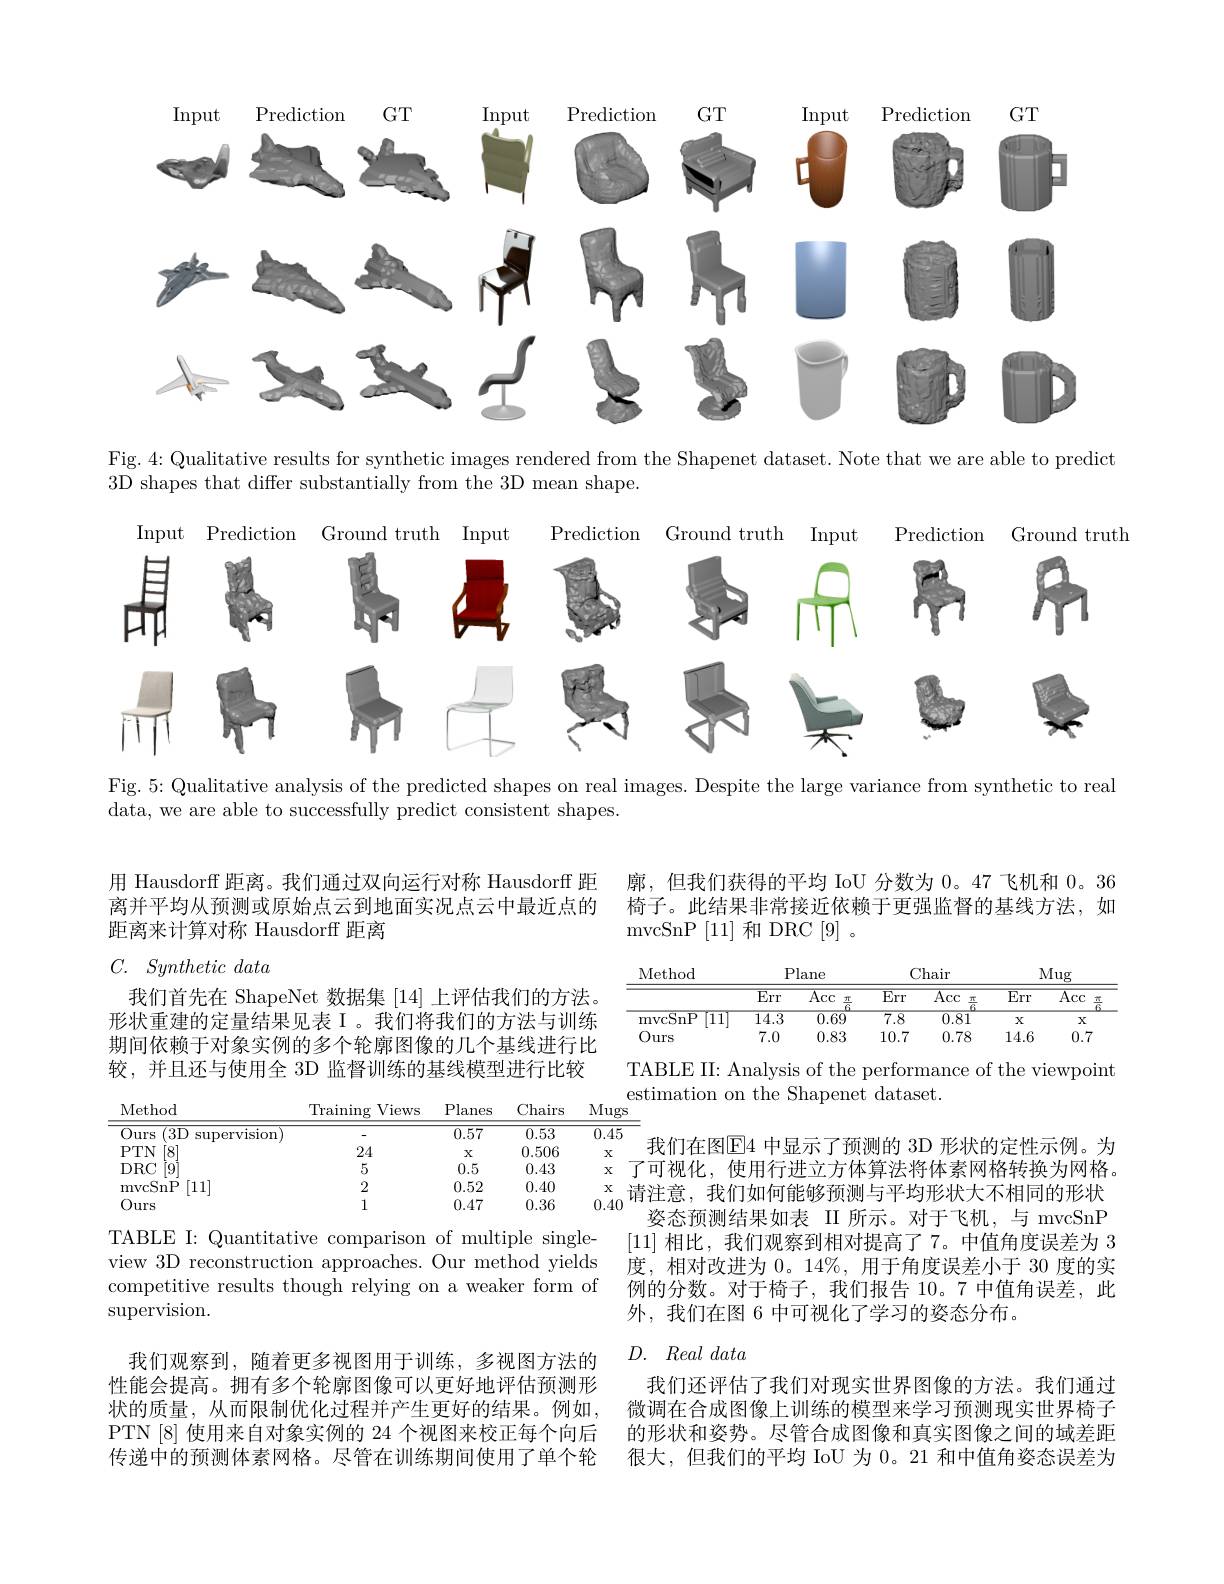
<FigureHere>

Fig. 4: Qualitative results for synthetic images rendered from the Shapenet dataset. Note that we are able to predict
3D shapes that differ substantially from the 3D mean shape.

<FigureHere>

Fig. 5: Qualitative analysis of the predicted shapes on real images. Despite the large variance from synthetic to real
data, we are able to successfully predict consistent shapes.

用 Hausdorff 距离。我们通过双向运行对称 Hausdorff 距离并平均从预测或原始点云到地面实况点云中最近点的距离来计算对称 Hausdorff 距离

## $C.$ Synthetic data

我们首先在 ShapeNet 数据集[14]上评估我们的方法。形状重建的定量结果见表 I 。我们将我们的方法与训练期间依赖于对象实例的多个轮廓图像的几个基线进行比较，并且还与使用全 3D 监督训练的基线模型进行比较

<table>
	<tbody>
		<tr>
			<th>Method</th>
			<th>$\operatorname{Training}$ $V$iews</th>
			<th>Planes</th>
			<th>Chairs</th>
			<th>Mug</th>
		</tr>
		<tr>
			<td>Ours (3D supervision</td>
			<td> </td>
			<td>0.57</td>
			<td>0.53</td>
			<td>0.45</td>
		</tr>
		<tr>
			<td>$\left[8\right]$ $PTN$</td>
			<td>24</td>
			<td>X</td>
			<td>0.506</td>
			<td>X</td>
		</tr>
		<tr>
			<td>$DRC$</td>
			<td>5</td>
			<td>0.5</td>
			<td>0.43</td>
			<td>X</td>
		</tr>
		<tr>
			<td>[11] mvcSnP</td>
			<td>2</td>
			<td>0.52</td>
			<td>0.40</td>
			<td>X</td>
		</tr>
		<tr>
			<td>Ours</td>
			<td>1</td>
			<td>0.47</td>
			<td>0.36</td>
			<td>0.4(</td>
		</tr>
	</tbody>
</table>

TABLE I: Quantitative comparison of multiple singleview 3D reconstruction approaches. Our method yields competitive results though relying on a weaker form of supervision.

我们观察到，随着更多视图用于训练，多视图方法的性能会提高。拥有多个轮廓图像可以更好地评估预测形状的质量，从而限制优化过程并产生更好的结果。例如， PTN [8] 使用来自对象实例的 24 个视图来校正每个向后传递中的预测体素网格。尽管在训练期间使用了单个轮

廓，但我们获得的平均 IoU 分数为0。47飞机和0。36椅子。此结果非常接近依赖于更强监督的基线方法，如mvcSnP [ 11] 和 DRC$[9]~$。

<table>
	<tbody>
		<tr>
			<th rowspan="2">Method</th>
			<th colspan="2">Plane</th>
			<th colspan="2">Chair</th>
			<th colspan="3">Mug</th>
		</tr>
		<tr>
			<th>$\overline{{\mathrm{Err}}}$</th>
			<th>$\overline{\mathrm{Acc}}$ T</th>
			<th>$\overline{{\mathrm{Err}}}$</th>
			<th>$\overline{\mathrm{Acc}}$ TT</th>
			<th>$\overline{{\mathrm{Err}}}$</th>
			<th>$\overline{\mathrm{Acc}}$</th>
			<th>下</th>
		</tr>
		<tr>
			<td>11 mvcSnP</td>
			<td>$\overline{14.3}$</td>
			<td>0.69</td>
			<td>$\overline{7.8}$</td>
			<td>0.81</td>
			<td>X</td>
			<td colspan="2">X</td>
		</tr>
		<tr>
			<td>0 $)urs$</td>
			<td>7.0</td>
			<td>0.83</td>
			<td>10.7</td>
			<td>0.78</td>
			<td>14.6</td>
			<td>0.7</td>
			<td>7</td>
		</tr>
	</tbody>
</table>

TABLE II: Analysis of the performance of the viewpoint
estimation on the Shapenet dataset.

我们在图E4 中显示了预测的 3D 形状的定性示例。为了可视化，使用行进立方体算法将体素网格转换为网格。
$_{A0}^\mathrm{x}$请注意，我们如何能够预测与平均形状大不相同的形状
姿态预测结果如表 II 所示。对于飞机，与 mvcSnP [11]相比，我们观察到相对提高了 7。中值角度误差为 3度，相对改进为0。14%,用于角度误差小于 30 度的实例的分数。对于椅子，我们报告 10。7 中值角误差，此外，我们在图 6 中可视化了学习的姿态分布。

# $D.$ Real data

我们还评估了我们对现实世界图像的方法。我们通过微调在合成图像上训练的模型来学习预测现实世界椅子的形状和姿势。尽管合成图像和真实图像之间的域差距很大，但我们的平均 IoU 为 0。21 和中值角姿态误差为